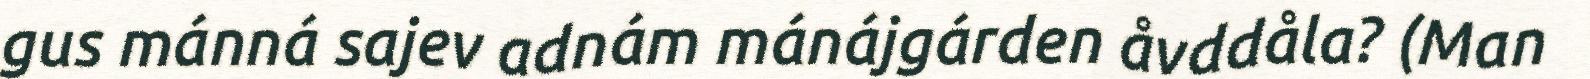
gus mánná sajev adnám mánájgárden åvddåla? (Man